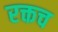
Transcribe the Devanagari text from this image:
रक्तच